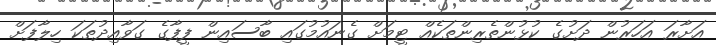
އަށާރަ އަހަރުން ދަށުގެ ކުޅުންތެރިންތަކެއް ޓީމަށް ގެނައުމުގައި ބާސައިން ފީފާގެ ގަވާއިދުތަކަ ހިލާފަށް